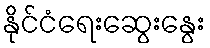
နိုင်ငံရေးဆွေးနွေး